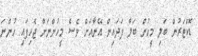
ޑޮކްޓަރުން ބަލި މީހުން ބަލާ ފަދައިން އޭނާއަށް ވެސް މީހުންނަށް ޖެހިފައި ހުންނަ